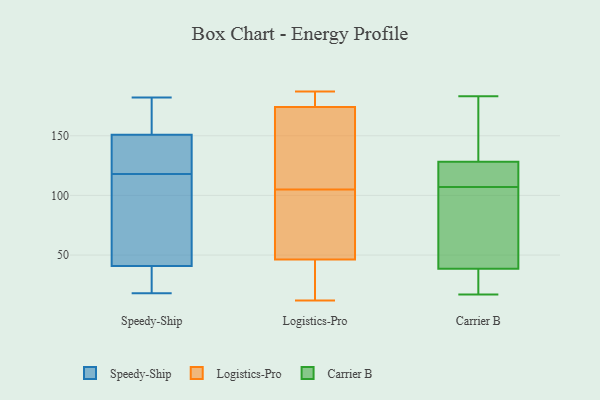
{"axis": {"x": "Waste Production (Tons)", "y": "Value"}, "legend": ["Carrier B", "Logistics-Pro", "Speedy-Ship"], "data": [{"x": "", "y": 153, "type": "Speedy-Ship"}, {"x": "", "y": 72, "type": "Speedy-Ship"}, {"x": "", "y": 62, "type": "Speedy-Ship"}, {"x": "", "y": 32, "type": "Speedy-Ship"}, {"x": "", "y": 120, "type": "Speedy-Ship"}, {"x": "", "y": 125, "type": "Speedy-Ship"}, {"x": "", "y": 182, "type": "Speedy-Ship"}, {"x": "", "y": 118, "type": "Speedy-Ship"}, {"x": "", "y": 18, "type": "Speedy-Ship"}, {"x": "", "y": 39, "type": "Speedy-Ship"}, {"x": "", "y": 18, "type": "Speedy-Ship"}, {"x": "", "y": 46, "type": "Speedy-Ship"}, {"x": "", "y": 175, "type": "Speedy-Ship"}, {"x": "", "y": 168, "type": "Speedy-Ship"}, {"x": "", "y": 169, "type": "Speedy-Ship"}, {"x": "", "y": 135, "type": "Speedy-Ship"}, {"x": "", "y": 78, "type": "Speedy-Ship"}, {"x": "", "y": 144, "type": "Speedy-Ship"}, {"x": "", "y": 19, "type": "Speedy-Ship"}, {"x": "", "y": 36, "type": "Logistics-Pro"}, {"x": "", "y": 174, "type": "Logistics-Pro"}, {"x": "", "y": 77, "type": "Logistics-Pro"}, {"x": "", "y": 186, "type": "Logistics-Pro"}, {"x": "", "y": 187, "type": "Logistics-Pro"}, {"x": "", "y": 101, "type": "Logistics-Pro"}, {"x": "", "y": 17, "type": "Logistics-Pro"}, {"x": "", "y": 174, "type": "Logistics-Pro"}, {"x": "", "y": 12, "type": "Logistics-Pro"}, {"x": "", "y": 33, "type": "Logistics-Pro"}, {"x": "", "y": 175, "type": "Logistics-Pro"}, {"x": "", "y": 95, "type": "Logistics-Pro"}, {"x": "", "y": 105, "type": "Logistics-Pro"}, {"x": "", "y": 122, "type": "Logistics-Pro"}, {"x": "", "y": 120, "type": "Logistics-Pro"}, {"x": "", "y": 96, "type": "Carrier B"}, {"x": "", "y": 112, "type": "Carrier B"}, {"x": "", "y": 178, "type": "Carrier B"}, {"x": "", "y": 37, "type": "Carrier B"}, {"x": "", "y": 17, "type": "Carrier B"}, {"x": "", "y": 161, "type": "Carrier B"}, {"x": "", "y": 183, "type": "Carrier B"}, {"x": "", "y": 39, "type": "Carrier B"}, {"x": "", "y": 159, "type": "Carrier B"}, {"x": "", "y": 20, "type": "Carrier B"}, {"x": "", "y": 64, "type": "Carrier B"}, {"x": "", "y": 41, "type": "Carrier B"}, {"x": "", "y": 118, "type": "Carrier B"}, {"x": "", "y": 107, "type": "Carrier B"}, {"x": "", "y": 108, "type": "Carrier B"}, {"x": "", "y": 117, "type": "Carrier B"}, {"x": "", "y": 31, "type": "Carrier B"}]}